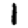
Digit: 1